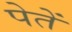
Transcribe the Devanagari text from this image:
पेतें